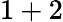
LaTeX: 1+2